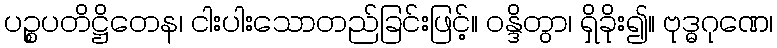
ပဉ္စပတိဋ္ဌိတေန၊ ငါးပါးသောတည်ခြင်းဖြင့်။ ဝန္ဒိတွာ၊ ရှိခိုး၍။ ဗုဒ္ဓဂုဏေ၊